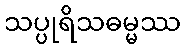
သပ္ပုရိသဓမ္မဿ